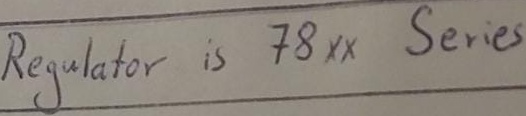
Text: Regulator is 78XX Series